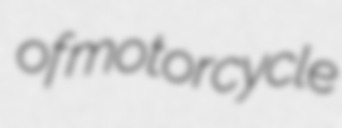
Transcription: of motorcycle